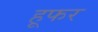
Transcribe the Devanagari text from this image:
हूफर